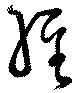
経